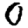
Digit: 0